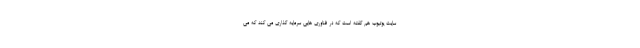
سایت یوتیوب هم گفته است که در فناوری هایی سرمایه گذاری می کند که می